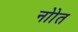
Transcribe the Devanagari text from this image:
नोाेत